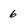
Character: 6